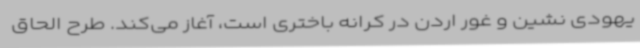
یهودی نشین و غور اردن در کرانه باختری است، آغاز می‌کند. طرح الحاق